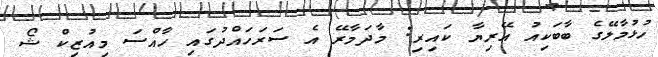
ހުޅުމާލޭގެ ބާބަކިއު އޭރިޔާ ކައިރި: މާދަމާރޭ އެ ސަރަހައްދުގައި ހާއްސަ މިއުޒިކް ޝޯ